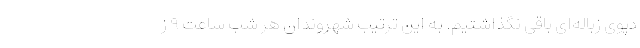
دپوی زباله‌ای باقی نگذاشتیم. به این ترتیب شهروندان هر شب ساعت ۹ ز